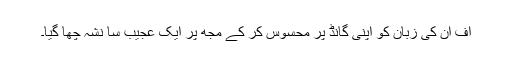
اف ان کی زبان کو اپنی گانڈ پر محسوس کر کے مجھ پر ایک عجیب سا نشہ چھا گیا۔